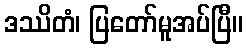
ဒဿိတံ၊ ပြတော်မူအပ်ပြီ။